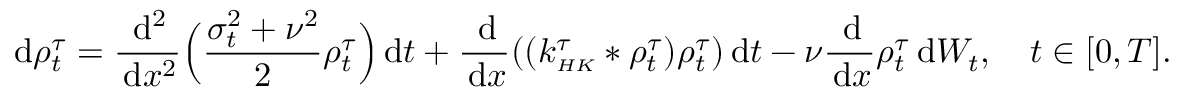
\, \mathrm { d } \rho _ { t } ^ { \tau } = \frac { \, \mathrm { d } ^ { 2 } } { \, \mathrm { d } x ^ { 2 } } \Big ( \frac { \sigma _ { t } ^ { 2 } + \nu ^ { 2 } } { 2 } \rho _ { t } ^ { \tau } \Big ) \, \mathrm { d } t + \frac { \, \mathrm { d } } { \, \mathrm { d } x } ( ( k _ { \scriptscriptstyle { H K } } ^ { \tau } * \rho _ { t } ^ { \tau } ) \rho _ { t } ^ { \tau } ) \, \mathrm { d } t - \nu \frac { \, \mathrm { d } } { \, \mathrm { d } x } \rho _ { t } ^ { \tau } \, \mathrm { d } W _ { t } , \quad t \in [ 0 , T ] .